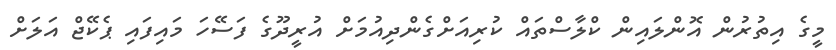
މީގެ އިތުރުން އޮންލައިން ކްލާސްތައް ކުރިއަށްގެންދިއުމަށް އުރީދޫގެ ފަސޭހަ މައިފައި ޕެކޭޖް އަލަށް